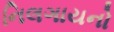
નિલગાયનો